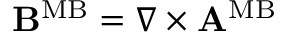
\begin{array} { r } { { \bf B } ^ { \mathrm { M B } } = \nabla \times { \bf A } ^ { \mathrm { M B } } } \end{array}